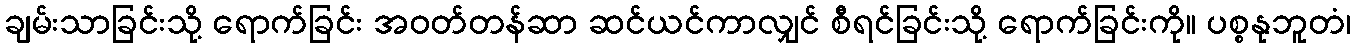
ချမ်းသာခြင်းသို့ ရောက်ခြင်း အဝတ်တန်ဆာ ဆင်ယင်ကာလျှင် စီရင်ခြင်းသို့ ရောက်ခြင်းကို။ ပစ္စနုဘူတံ၊